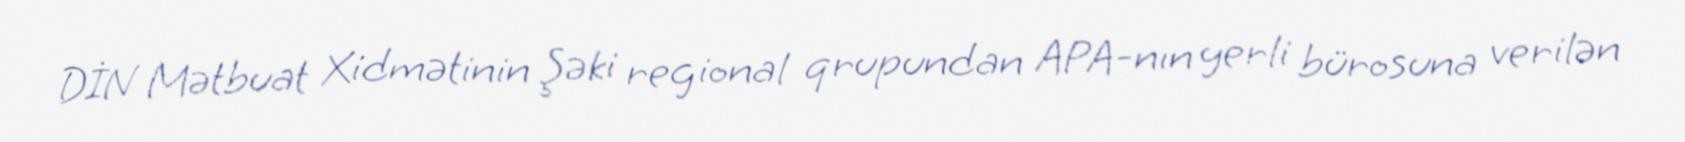
DİN Mətbuat Xidmətinin Şəki regional qrupundan APA-nın yerli bürosuna verilən